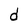
Character: d